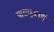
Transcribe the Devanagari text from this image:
पारागुआई